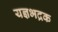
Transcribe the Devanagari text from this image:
यज्ञभद्रक